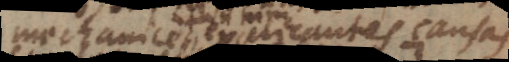
mechanice explicantes causas